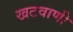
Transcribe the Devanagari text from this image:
खटवाणी